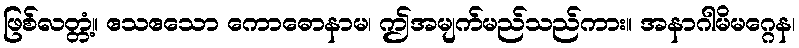
ဖြစ်လတ္တံ့။ ဧသဧသော ကောဓောနာမ၊ ဤအမျက်မည်သည်ကား။ အနာဂါမိမဂ္ဂေန၊